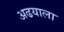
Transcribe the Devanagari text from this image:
अढयाला